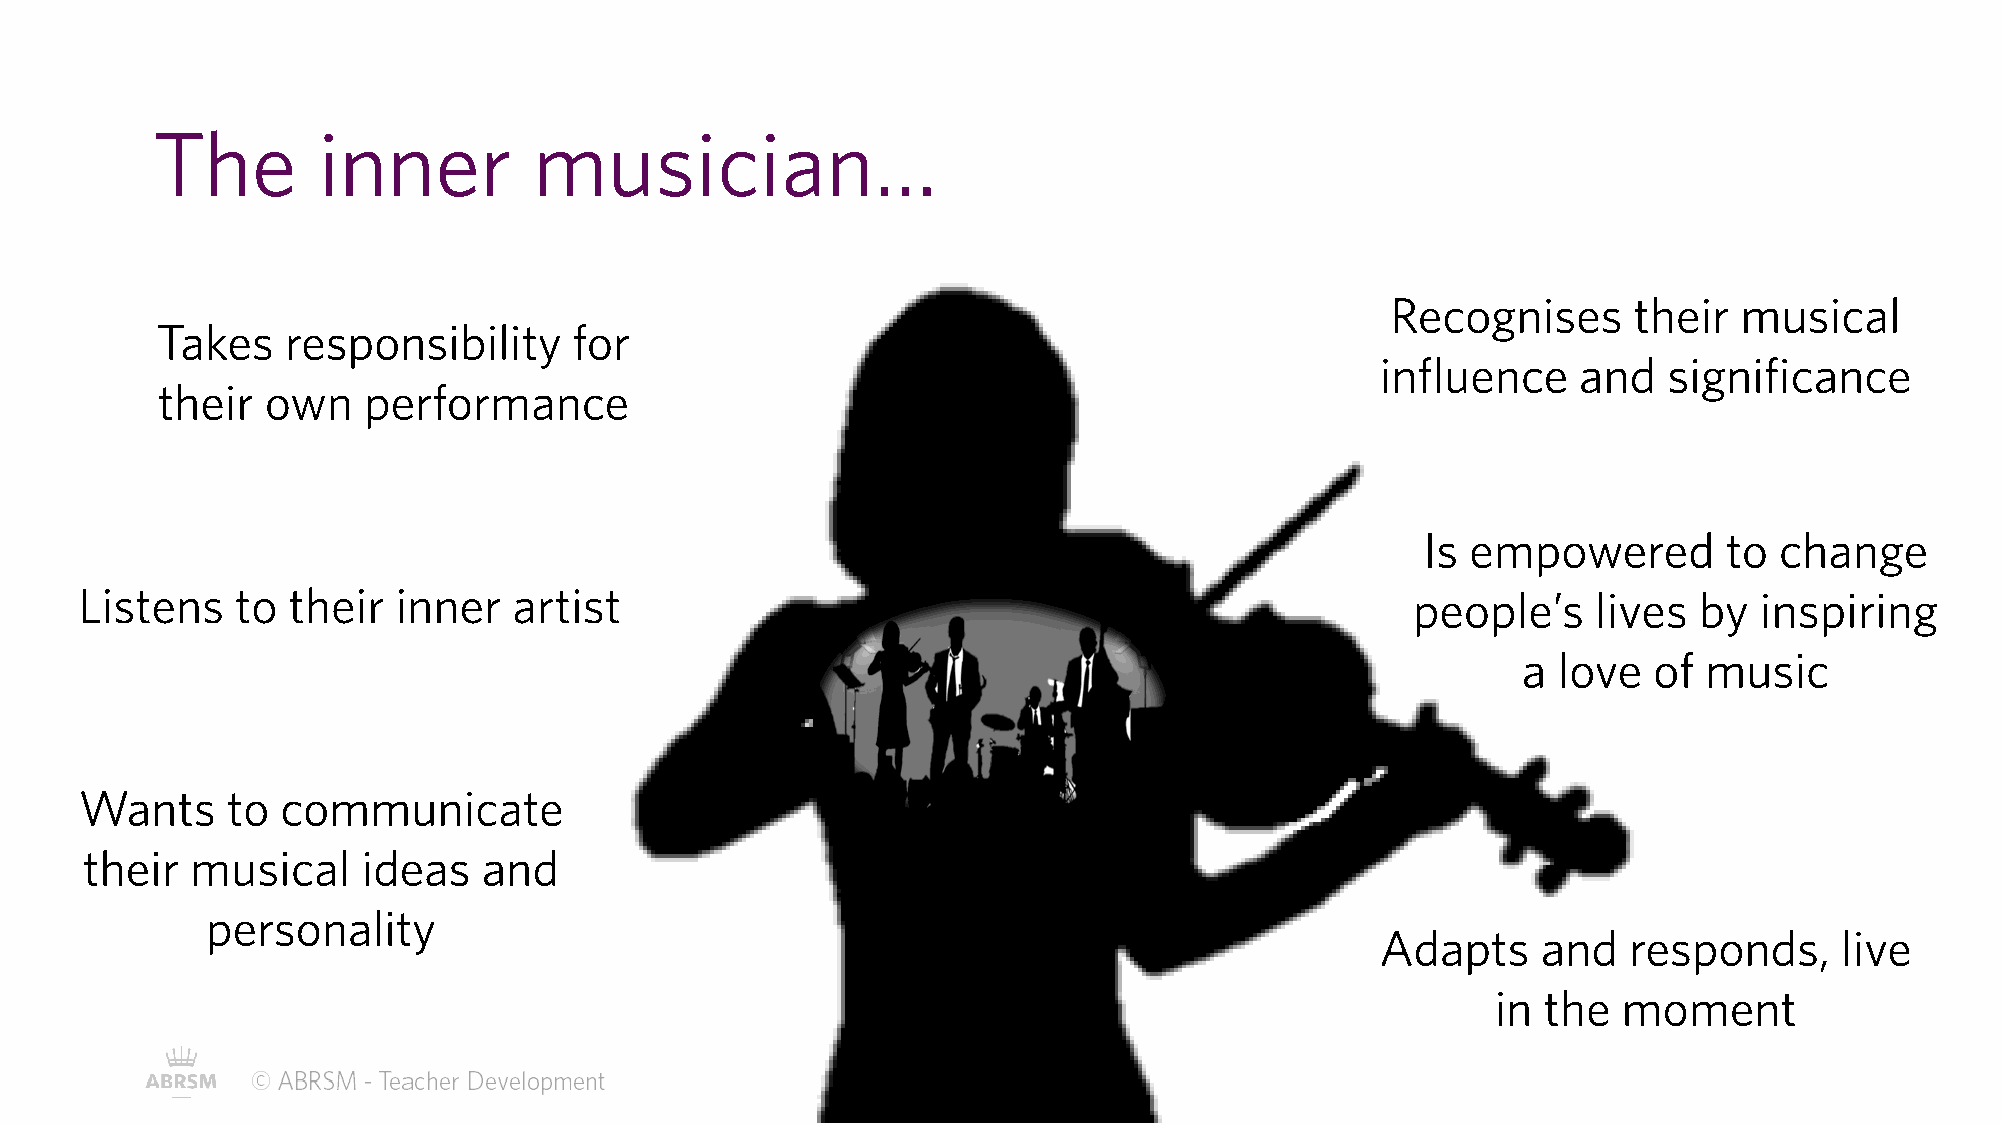
The        inner         musician…
 Recognises      their  musical
 Takes    responsibility     for
 influence    and   significance
 their   own   performance
 Is empowered        to  change
 Listens    to their  inner   artist                                                     people’s     lives by  inspiring
 a love  of  music
 Wants     to  communicate
 their   musical    ideas   and
 personality
 Adapts     and   responds,     live
 in the  moment